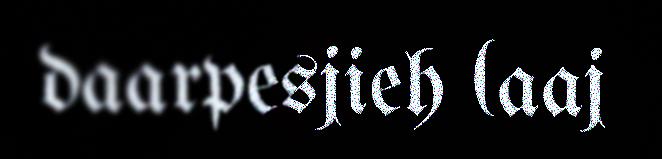
daarpesjieh (aaj